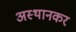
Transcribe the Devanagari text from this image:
अस्थानकर